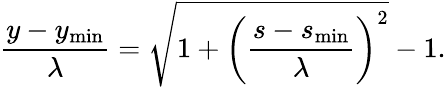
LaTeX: \frac{y-y_{\mathrm{min}}}{\lambda}=\sqrt{1+\left(\frac{s-s_{\mathrm{min}}}{\lambda}\right)^{2}}-1.